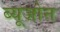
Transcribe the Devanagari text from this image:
ब्यूजोन